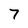
Character: 7